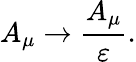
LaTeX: A_{\mu}\rightarrow\frac{A_{\mu}}{\varepsilon}.